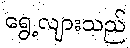
ရွေ့လျားသည်